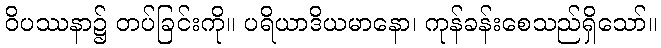
ဝိပဿနာ၌ တပ်ခြင်းကို။ ပရိယာဒိယမာနော၊ ကုန်ခန်းစေသည်ရှိသော်။